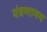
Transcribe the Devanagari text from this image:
यंत्रणामय